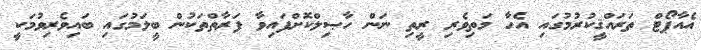
އެއާޕޯޓް ތަރައްޤީކުރުމުގައި އެހާ މަތިވެރި ރީތި ނަން ހާޞިލްކޮށްފައިވާ ފަރާތްތަކުން ބީލަމުގައި ބައިވެރިވުމަކީ